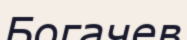
Богачев